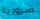
ضرورية